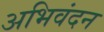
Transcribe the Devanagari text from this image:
अभिवंदन